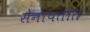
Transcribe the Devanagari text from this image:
सेनापतींत